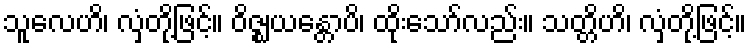
သူလေဟိ၊ လှံတို့ဖြင့်။ ဝိဇ္ဈယန္တောပိ၊ ထိုးသော်လည်း။ သတ္တိဟိ၊ လှံတို့ဖြင့်။